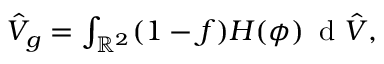
\begin{array} { r } { \hat { V } _ { g } = \int _ { \mathbb { R } ^ { 2 } } ( 1 - f ) H ( \phi ) \, \textrm { d } \hat { V } , } \end{array}